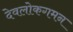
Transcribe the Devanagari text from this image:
देवलोकगमन